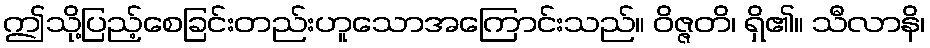
ဤသို့ပြည့်စေခြင်းတည်းဟူသောအကြောင်းသည်။ ဝိဇ္ဇတိ၊ ရှိ၏။ သီလာနိ၊